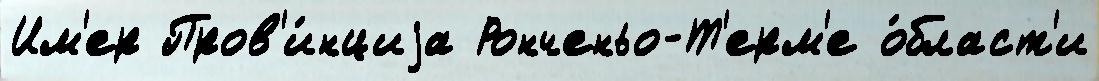
Им'ер Пров'и́нциjа Ронченьо-Т'ерм'е о́бласт'и